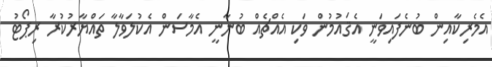
އެމެރިކާއިން ބުނެފައިވަނީ އެޤައުމުން ވަކި އެއްޗެއް ބުނާނީ އެމާސަން އެކުލަވާލާ ތައްޔާރުކުރާ ރިޕޯޓު